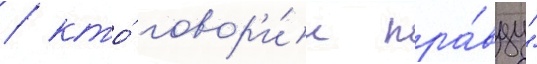
/ кто́ говор'и́л пра́вду"